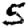
Digit: 5